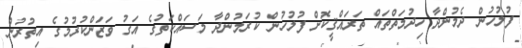
ފުލުހުން ދެމުންދާ ހިދުމަތްތައް ތަރައްޤީކޮށް ފުލުހުން ކުރަމުންދާ މަސައްކަތުގެ އަގު ވަޒަންކުރުމުގެ އިތުރުން